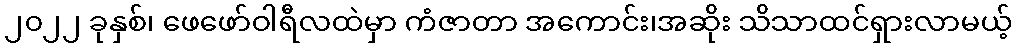
၂၀၂၂ ခုနှစ်၊ ဖေဖော်ဝါရီလထဲမှာ ကံဇာတာ အကောင်း၊အဆိုး သိသာထင်ရှားလာမယ့်